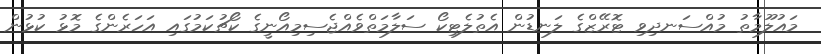
މައުލޫމާތު މުއްސަނދިވި ޓޮރޭޒްގެ ލަނޑުން އެތުލެޓިކޯ ސަލާމަތްވެއްޖެސިމިއޯނީގެ ކޯޗުކަމުގައި އަހަރެންގެ މޮޅު ކުޅުން